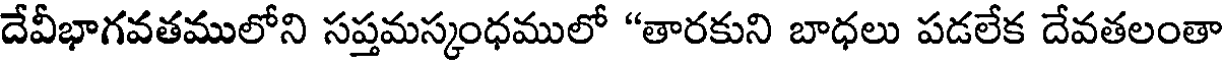
దేవీభాగవతములోని సప్తమస్కంధములో "తారకుని బాధలు పడలేక దేవతలంతా